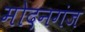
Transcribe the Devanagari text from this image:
मोदनगंज